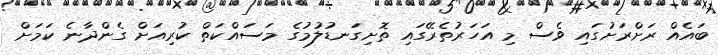
ބަައެއް ރަށްރަށުގައި ވެސް މި އަހަރުތެރޭގައި ތޮށިގަނޑުލުމުގެ މަސައްކަތް ކުރިއަށް ގެންދާނެ ކަމަށް